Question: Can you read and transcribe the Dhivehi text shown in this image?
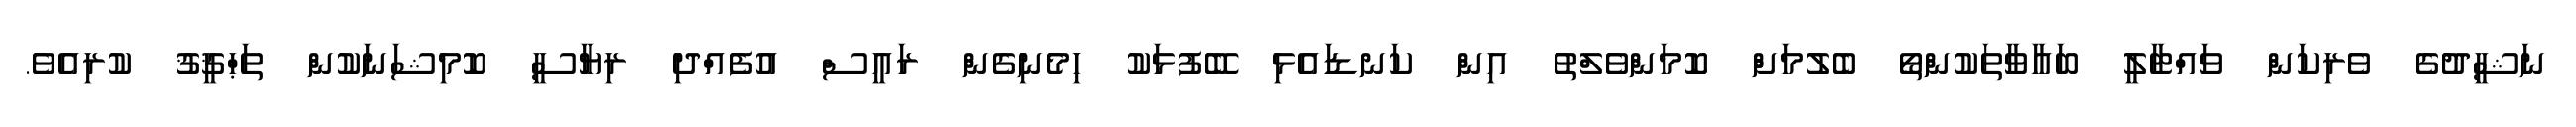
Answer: ނަޝީދުގެ ވެރިކަން ވައްޓާލީ ބަޣާވާތަކުންތޯ ބެލުމަށްް ކޮމަންވެލްތު އިން ކަނޑައެޅި ބޭފުޅަކު ހިމެނިގެން ރައީސް އުފެއްދި ރިޔާސީ ކޮމިޝަނަކުން ތަޙްޤީޤު ކުރިއެވެ.